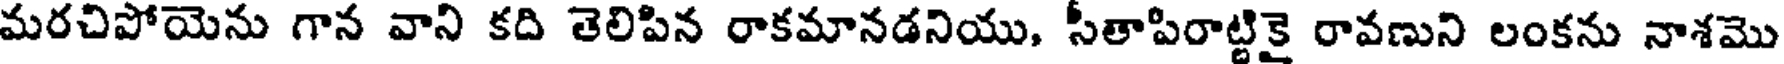
మరచిపోయెను గాన వాని కది తెలిపిన రాకమానడనియు, సీతాపిరాట్టికై రావణుని లంకను నాశమొ